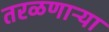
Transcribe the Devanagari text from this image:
तरळणाऱ्या